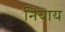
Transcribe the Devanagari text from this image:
नियाय